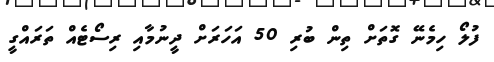
ފުލޯ ހިމެނޭ ގޮތަށް ތިން ބުރި 50 އަހަރަށް ދީނުމާއި ރިސޯޓެއް ތަރައްގީ